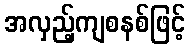
အလှည့်ကျစနစ်ဖြင့်